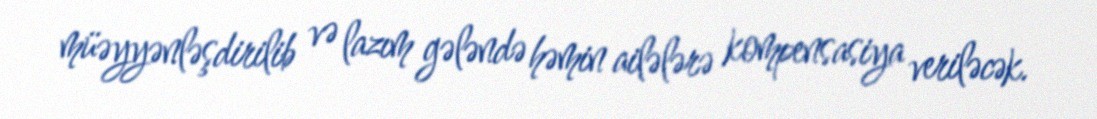
müəyyənləşdirilib və lazım gələndə həmin ailələrə kompensasiya veriləcək.